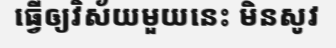
ធ្វើឲ្យវិស័យមួយនេះ មិនសូវ